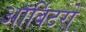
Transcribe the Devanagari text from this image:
ऑर्बिटरों